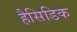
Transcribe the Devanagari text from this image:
हैसिडिक